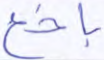
باخع